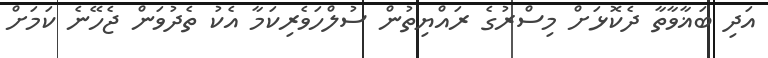
އަދި ބަޣާވާތާ ދެކޮޅަށް މިސްރުގެ ރައްޔިތުން ސުލްހަވެރިކަމާ އެކު ތެދުވަން ޖެހޭނެ ކަމަށް